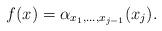
LaTeX: \begin{align*}f(x)=\alpha_{x_1,\ldots,x_{j-1}}(x_j).\end{align*}